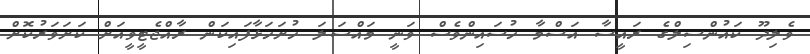
ވެލިދޫ ކައުންސިލްގެ ރައީސާ އަސްމާ ހުސައިންވެސް ވަނީ މައްސަލަ ހުށަހަޅާފައިކަން ރާއްޖެޓީވީއަށް ކަށަވަރުކޮށް